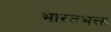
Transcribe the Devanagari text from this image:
भारतभक्त